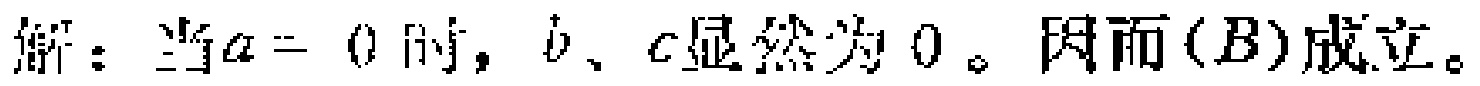
解：当\(a = 0\)时，\(b\)、\(c\)显然为\(0\)。因而\((B)\)成立。